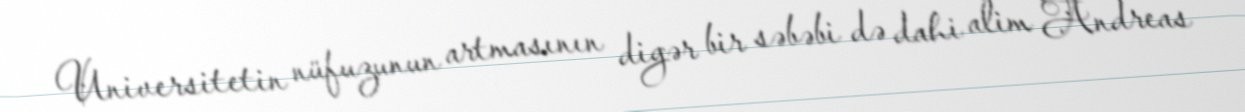
Universitetin nüfuzunun artmasının digər bir səbəbi də dahi alim Andreas